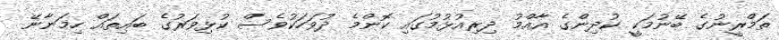
ތަމްރީނުގެ ބޭނުމަކީ ކުދިންގެ އާއްމު ދިރިއުޅުމުގައި ކޮންމެ ދުވަހަކުވެސް ކުޅިވަރުގެ ބައިތައް ހިމަނާނޭ